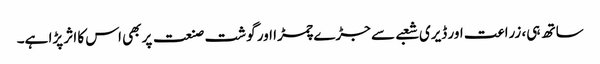
ساتھ ہی، زراعت اور ڈیری شعبے سے جڑے چمڑا اور گوشت صنعت پر بھی اس کا اثر پڑا ہے۔